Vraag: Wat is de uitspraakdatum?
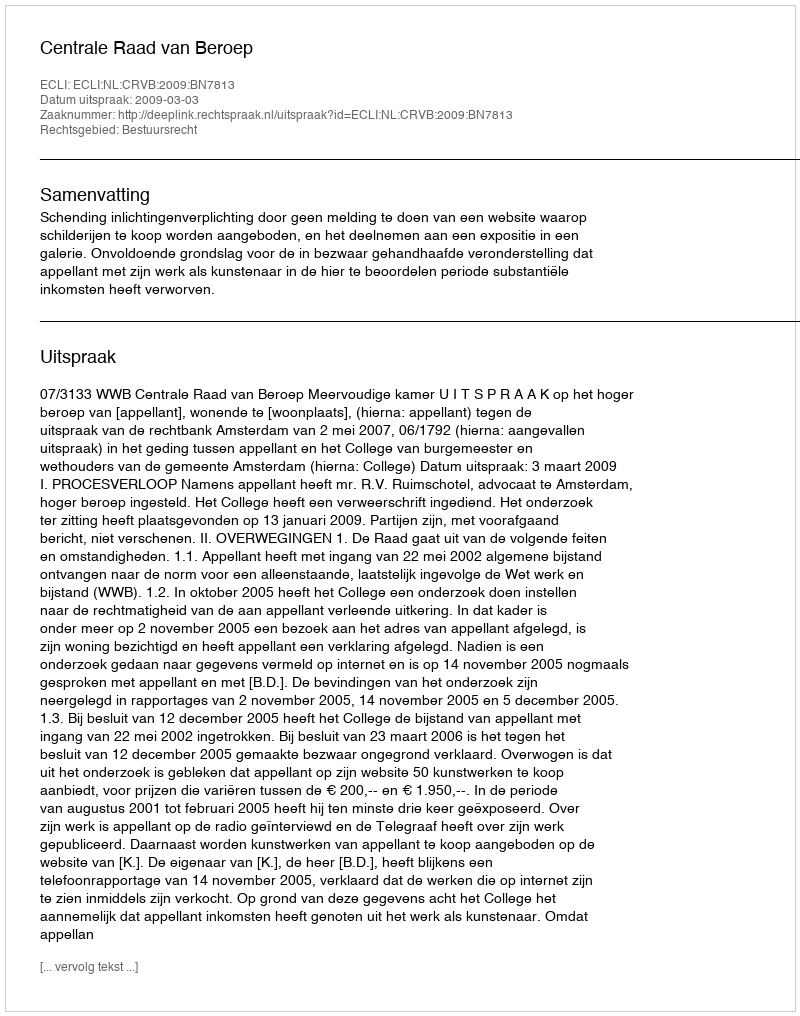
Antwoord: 2009-03-03